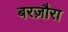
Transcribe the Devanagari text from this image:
बरज़ौरा